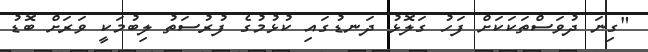
"ގިނަ ދުވަސްތަކަކަށް ފަހު ގަލޮޅު ދަނޑުގައި ކުޅުމުގެ ފުރުސަތު ލިބުމަކީ ވަރަށް ބޮޑު